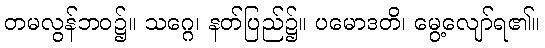
တမလွန်ဘဝ၌။ သဂ္ဂေ၊ နတ်ပြည်၌။ ပမောဒတိ၊ မွေ့လျော်ရ၏။